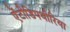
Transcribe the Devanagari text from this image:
ऐंटीडिपथीरिया